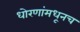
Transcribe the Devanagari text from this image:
धोरणांमधूनच